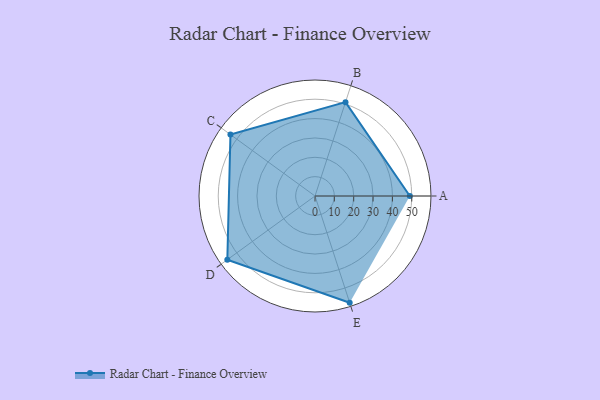
{"axis": {"x": "Skill", "y": "Score"}, "legend": ["Profile"], "data": [{"x": "A", "y": 49.0, "type": "Profile"}, {"x": "B", "y": 51.0, "type": "Profile"}, {"x": "C", "y": 54.0, "type": "Profile"}, {"x": "D", "y": 56.0, "type": "Profile"}, {"x": "E", "y": 58.0, "type": "Profile"}]}